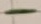
Text: -